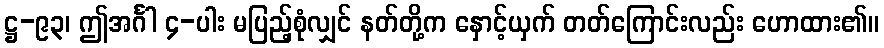
ဋ္ဌ-၉၃၊ ဤအင်္ဂါ ၄-ပါး မပြည့်စုံလျှင် နတ်တို့က နှောင့်ယှက် တတ်ကြောင်းလည်း ဟောထား၏။